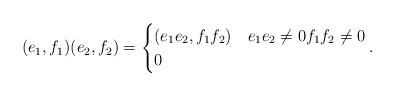
LaTeX: \begin{align*}(e_1,f_1)(e_2, f_2) = \begin{cases}(e_1e_2,f_1f_2)&e_1e_2\neq 0 f_1f_2\neq 0\\0&\end{cases}.\end{align*}